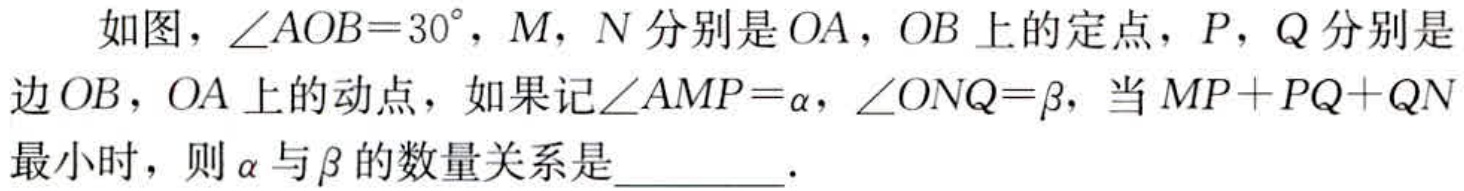
如图，\(\angle AOB = 30^{\circ}\)，\(M\)，\(N\)分别是\(OA\)，\(OB\)上的定点，\(P\)，\(Q\)分别是边\(OB\)，\(OA\)上的动点，如果记\(\angle AMP=\alpha\)，\(\angle ONQ = \beta\)，当\(MP + PQ + QN\)最小时，则\(\alpha\)与\(\beta\)的数量关系是  ．